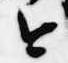
今